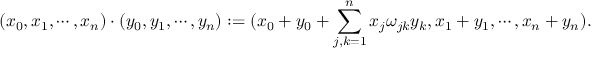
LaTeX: ( x _ { 0 } , x _ { 1 } , \cdots , x _ { n } ) \cdot ( y _ { 0 } , y _ { 1 } , \cdots , y _ { n } ) : = ( x _ { 0 } + y _ { 0 } + \sum _ { j , k = 1 } ^ { n } x _ { j } \omega _ { j k } y _ { k } , x _ { 1 } + y _ { 1 } , \cdots , x _ { n } + y _ { n } ) .